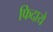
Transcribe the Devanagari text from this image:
फिदाये